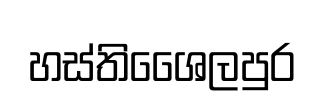
හස්තිශෛලපුර